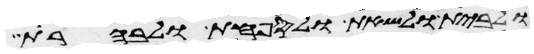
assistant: ולבית ולשאת ולספחת ולבהרת